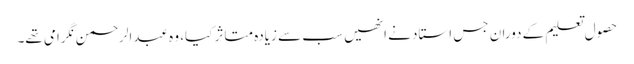
حصول تعلیم کے دوران جس استاد نے انھیں سب سے زیادہ متاثر کیا، وہ عبدالرحمن نگرامی تھے۔